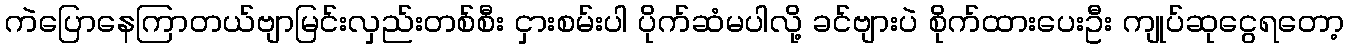
ကဲပြောနေကြာတယ်ဗျာမြင်းလှည်းတစ်စီး ငှားစမ်းပါ ပိုက်ဆံမပါလို့ ခင်ဗျားပဲ စိုက်ထားပေးဦး ကျုပ်ဆုငွေရတော့